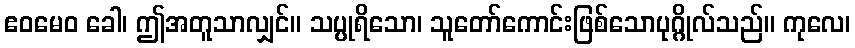
ဧဝမေဝ ခေါ၊ ဤအတူသာလျှင်။ သပ္ပုရိသော၊ သူတော်ကောင်းဖြစ်သောပုဂ္ဂိုလ်သည်။ ကုလေ၊